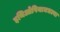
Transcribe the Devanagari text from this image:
इथिओपियामधल्या